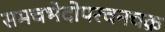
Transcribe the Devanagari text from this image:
समचभेदोपरचनचक्र